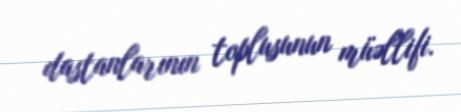
dastanlarının toplusunun müəllifi.